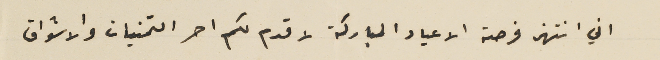
اني انتهز فرصة الاعياد المباركة لاقدم لكم احر التمنيات والاشواق